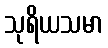
သုရိယသမာ